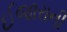
ઈજારાની